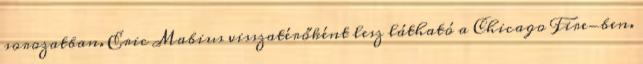
sorozatban. Eric Mabius visszatérőként lesz látható a Chicago Fire-ben.